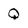
Character: Q